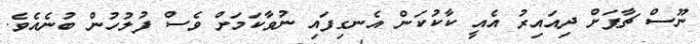
ނޫސް ޗާޕަށް ދިއައިރު އެއީ ކާކުކަން އެނގިފައި ނުވާކަމަށް ވެސް ފުލުހުން ބުނެއެވެ.